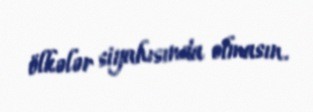
ölkələr siyahısında olmasın.